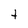
Character: t